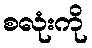
စလုံးကို